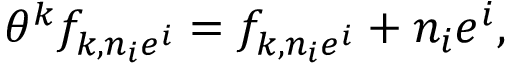
\theta ^ { k } f _ { k , n _ { i } e ^ { i } } = f _ { k , n _ { i } e ^ { i } } + n _ { i } e ^ { i } ,